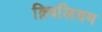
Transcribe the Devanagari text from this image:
क़्विलियम